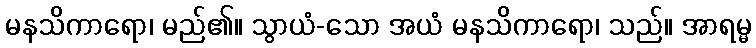
မနသိကာရော၊ မည်၏။ သွာယံ-သော အယံ မနသိကာရော၊ သည်။ အာရမ္မ